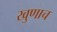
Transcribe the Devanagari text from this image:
खुणाच